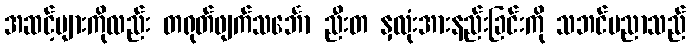
အဆင့်များကိုလည်း တရုတ်ဖျက်သင်္ဘော ညီးတ နှလုံးအားနည်းခြင်းကို သဘင်ပညာသည်